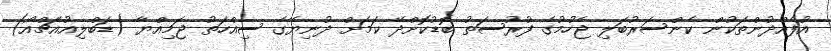
އުފެއްދުންތަކުން ކެންސަރުބަލި ޖެހުމުގެ ފުރުސަތު ބޮޑުކޮށްދޭ ކަމަށް ދުނިޔޭގެ ސިއްހަތު ޖަމިއްޔާ (ޑަބްލިއުއެޗްއޯ)